Papaver somniferum - Opium : an extract from the sixth volume of the Dictionary of Economic Products of India
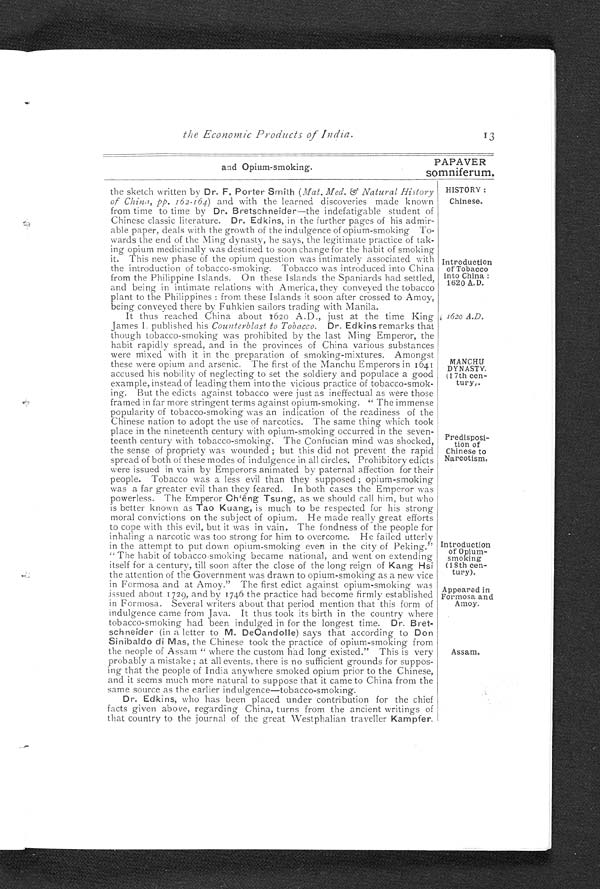
the Economic Products of India.
13
and Opium-smoking.
PAPAVER
somniferum.
HISTORY :
Chinese.
Introduction
of Tobacco
into China :
1620 A.D.
1620 A.D.
MANCHU
DYNASTY.
(17th cen-
tury,.
Predisposi-
tion of
Chinese to
Narcotism.
Introduction
of Opium-
smoking
(18th cen-
tury).
Appeared in
Formosa and
Amoy.
Assam.
the sketch written by Dr. F. Porter Smith (Mat. Med. & Natural History
of China, pp. 162-164) and with the learned discoveries made known
from time to time by Dr. Bretschneider—the indefatigable student of
Chinese classic literature. Dr. Edkins, in the further pages of his admir-
able paper, deals with the growth of the indulgence of opium-smoking To-
wards the end of the Ming dynasty, he says, the legitimate practice of tak-
ing opium medicinally was destined to soon change for the habit of smoking
it. This new phase of the opium question was intimately associated with
the introduction of tobacco-smoking. Tobacco was introduced into China
from the Philippine Islands. On these Islands the Spaniards had settled,
and being in intimate relations with America, they conveyed the tobacco
plant to the Philippines : from these Islands it soon after crossed to Amoy,
being conveyed there by Fuhkien sailors trading with Manila.
It thus reached China about 162o A.D., just at the time King
James I. published his Counterblast to Tobacco. Dr. Edkins remarks that
though tobacco-smoking was prohibited by the last Ming Emperor, the
habit rapidly spread, and in the provinces of China various substances
were mixed with it in the preparation of smoking-mixtures. Amongst
these were opium and arsenic. The first of the Manchu Emperors in 1641
accused his nobility of neglecting to set the soldiery and populace a good
example, instead of leading them into the vicious practice of tobacco-smok-
ing. But the edicts against tobacco were just as ineffectual as were those
framed in far more stringent terms against opium-smoking. " The immense
popularity of tobacco-smoking was an indication of the readiness of the
Chinese nation to adopt the use of narcotics. The same thing which took
place in the nineteenth century with opium-smoking occurred in the seven-
teenth century with tobacco-smoking. The Confucian mind was shocked,
the sense of propriety was wounded ; but this did not prevent the rapid
spread of both of these modes of indulgence in all circles. Prohibitory edicts
were issued in vain by Emperors animated by paternal affection for their
people. Tobacco was a less evil than they supposed ; opium-smoking
was a far greater evil than they feared. In both cases the Emperor was
powerless. The Emperor Ch'êng Tsung, as we should call him, but who
is better known as Tao Kuang, is much to be respected for his strong
moral convictions on the subject of opium. He made really great efforts
to cope with this evil, but it was in vain. The fondness of the people for
inhaling a narcotic was too strong for him to overcome. He failed utterly
in the attempt to put down opium-smoking even in the city of Peking."
" The habit of tobacco-smoking became national, and went on extending
itself for a century, till soon after the close of the long reign of Kang Hsi
the attention of the Government was drawn to opium-smoking as a new vice
in Formosa and at Amoy." The first edict against opium-smoking was
issued about 1729, and by 1746 the practice had become firmly established
in Formosa. Several writers about that period mention that this form of
indulgence came from Java. It thus took its birth in the country where
tobacco-smoking had been indulged in for the longest time. Dr. Bret--
schneider (in a letter to M. DeOandolle) says that according to Don
Sinibaldo di Mas, the Chinese took the practice of opium-smoking from
the people of Assam " where the custom had long existed." This is very
probably a mistake ; at all events, there is no sufficient grounds for suppos--
ing that the people of India anywhere smoked opium prior to the Chinese,
and it seems much more natural to suppose that it came to China from the
same source as the earlier indulgence—tobacco-smoking.
Dr. Edkins, who has been placed under contribution for the chief
facts given above, regarding China, turns from the ancient writings of
that country to the journal of the great Westphalian traveller Kampfer.